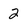
Character: 2